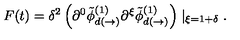
F ( t ) = \delta ^ { 2 } \left( \partial ^ { 0 } \tilde { \phi } _ { d ( \rightarrow ) } ^ { ( 1 ) } \partial ^ { \xi } \tilde { \phi } _ { d ( \rightarrow ) } ^ { ( 1 ) } \right) \mid _ { \xi = 1 + \delta } .